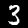
Label: 3